Civil Veterinary Department. Madras. Admin. report 1926-33 - 1926-1933
Year: 1926
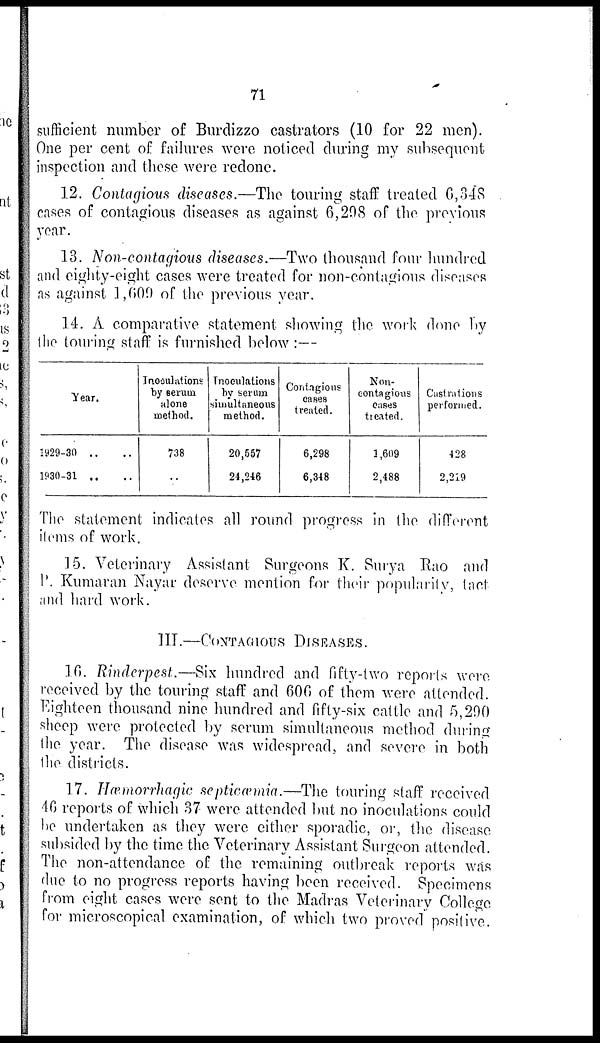
71
sufficient number of Burdizzo castrators (10 for 22 men).
One per cent of failures were noticed during my subsequent
inspection and these were redone.
12. Contagious diseases.—The touring staff treated 6,348
cases of contagious diseases as against 6,298 of the previous
year.
13. Non-contagious diseases.—Two thousand four hundred
and eighty-eight cases were treated for non-contagious diseases
as against 1,609 of the previous year.
14. A comparative statement showing the work done by
the touring staff is furnished below :—
Year.
1929-30 .. ..
1930-31 .. ..
Inoculations
by serum
alone
method.
738
..
Inoculations
by serum
simultaneous
method.
20,557
24,246
Contagious
cases
treated.
6,298
6,348
Non-
contagious
cases
treated.
3,609
2,488
Castrations
performed.
428
2,219
The statement indicates all round progress in the different
items of work.
15. Veterinary Assistant Surgeons K. Surya Rao and
P. Kumaran Nayar deserve mention for their popularity, tact
and hard work.
III.—CONTAGIOUS DISEASES.
16. Rinderpest.—Six hundred and fifty-two reports were
received by the touring staff and 606 of them were attended.
Eighteen thousand nine hundred and fifty-six cattle and 5,290
sheep were protected by serum simultaneous method during
the year. The disease was widespread, and severe in both
the districts.
17. Hæmorrhagic septicæmia.—The touring staff received
46 reports of which 37 were attended but no inoculations could
be undertaken as they were either sporadic, or, the disease
subsided by the time the Veterinary Assistant Surgeon attended.
The non-attendance of the remaining outbreak reports was
due to no progress reports having been received. Specimens
from eight cases were sent to the Madras Veterinary College
for microscopical examination, of which two proved positive.